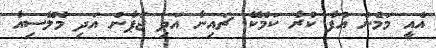
އެއީ މަމެން އުފާ ކުރާ ކަމެކޭ. ޗައިނާ އަދި ޖަޕާން އަދި މެލޭސިއާ